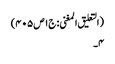
(التعلیق المغنی: ج۱ص۴۰۵)
۴۔